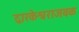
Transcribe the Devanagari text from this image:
द्वारकेश्वराजवळ